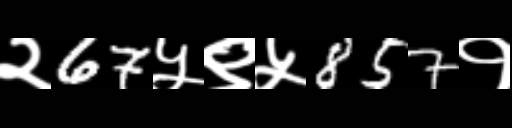
Text: २67५९५857१